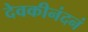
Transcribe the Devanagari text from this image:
देवकीनंदनं